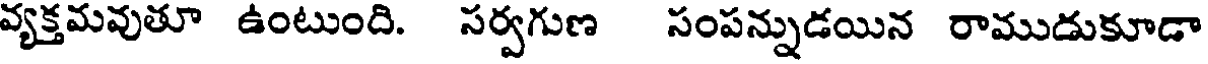
వ్యక్తమవుతూ ఉంటుంది. సర్వగుణ సంపన్నుడయిన రాముడుకూడా